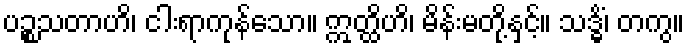
ပဉ္စသတာဟိ၊ ငါးရာကုန်သော။ ဣတ္ထိဟိ၊ မိန်းမတို့နှင့်။ သဒ္ဓိံ၊ တကွ။